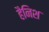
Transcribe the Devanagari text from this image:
हैनिश